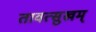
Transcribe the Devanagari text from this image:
तावत्सुखम्